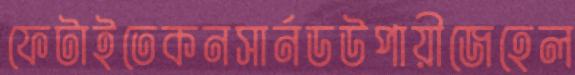
ফেটাইতেকনসার্নডউপায়ীজেহেল